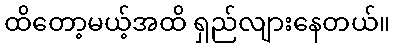
ထိတော့မယ့်အထိ ရှည်လျားနေတယ်။